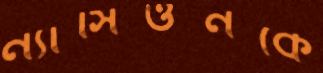
ন্যাসিওনকে